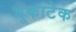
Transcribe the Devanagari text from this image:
यूकाटेक